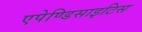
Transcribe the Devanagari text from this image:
एपेण्डिसाइटिस